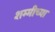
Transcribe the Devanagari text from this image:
शम्मीच्या